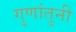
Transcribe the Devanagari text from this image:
गुणांतुनी